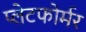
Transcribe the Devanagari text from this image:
प्लेटफोर्मर